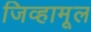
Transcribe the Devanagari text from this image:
जिव्हामूल